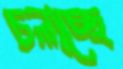
চলাচ্ছে